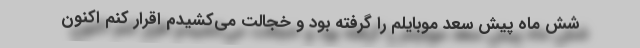
شش ماه پیش سعد موبایلم را گرفته بود و خجالت می‌کشیدم اقرار کنم اکنون